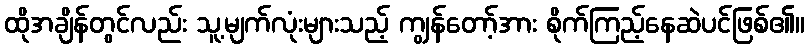
ထိုအချိန်တွင်လည်း သူ့မျက်လုံးများသည့် ကျွန်တော့်အား စိုက်ကြည့်နေဆဲပင်ဖြစ်၏။